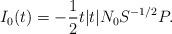
LaTeX: \begin{align*}I_0(t) = - \frac{1}{2} t |t| N_0 S^{-1/2} P.\end{align*}